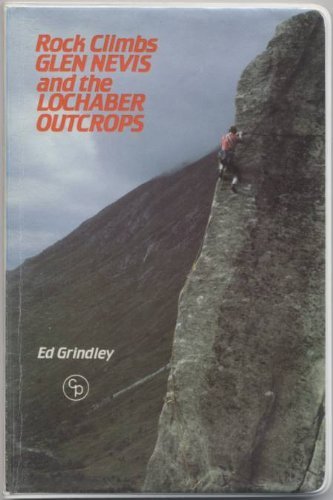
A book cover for Rock Climbs: Glen Nevis and the Lochaber Outcrops; E. Grindley; Travel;